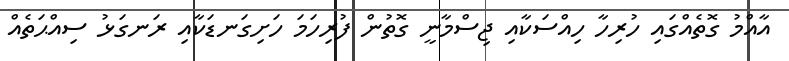
އާއްމު ގޮތެއްގައި ހުރިހާ ހިއްސަކާއި ޖިސްމާނީ ގޮތުން ފުރިހަމަ ހަށިގަނޑަކާއި ރަނގަޅު ސިއްޙަތެއް